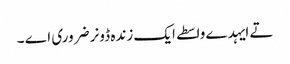
تے ایہدے واسطے ایک زندہ ڈونر ضروری اے ۔